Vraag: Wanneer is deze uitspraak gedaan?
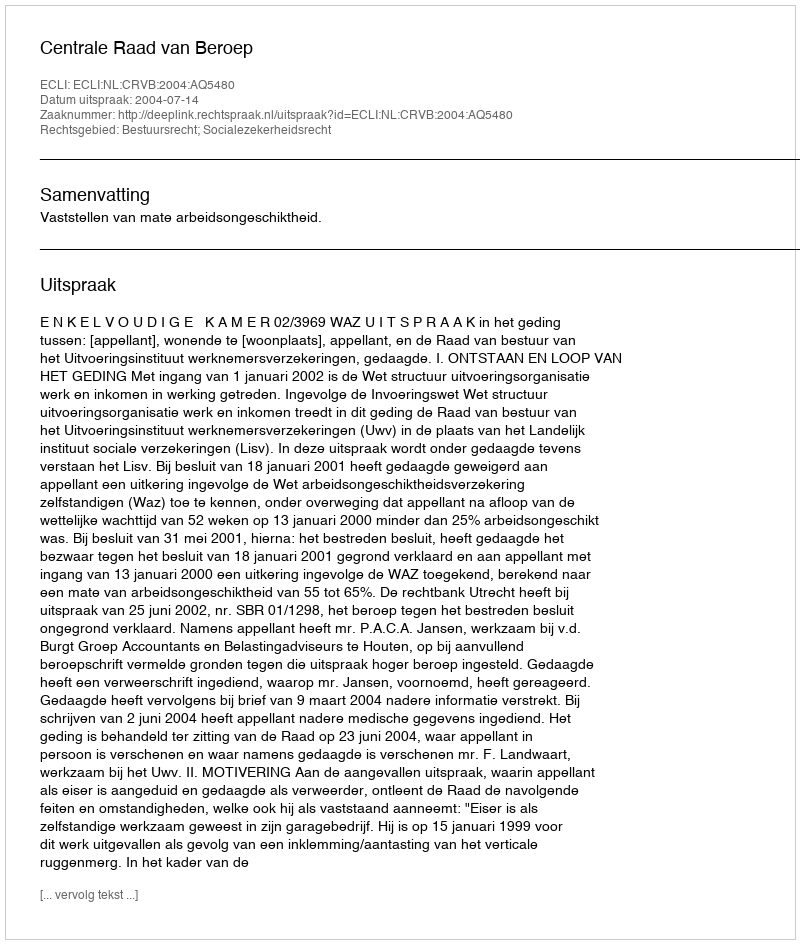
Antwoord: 2004-07-14